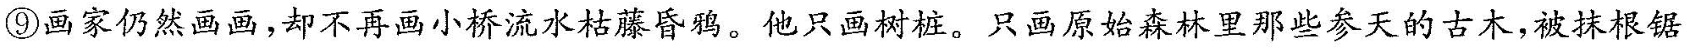
⑨画家仍然画画，却不再画小桥流水枯藤昏鸦。他只画树桩。只画原始森林里那些参天的古木被抹根锯